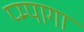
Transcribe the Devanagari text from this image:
प्म्पागा